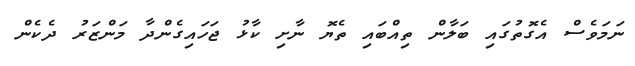
ނަމަވެސް އެގޮތުގައި ބަލާން ތިއްބައި ތެޔޮ ނާށި ކާޅު ޖަހައިގެންދާ މަންޒަރު ދެކެން